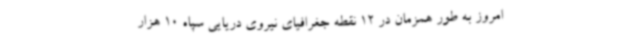
امروز به طور همزمان در 12 نقطه جغرافیای نیروی دریایی سپاه 10 هزار